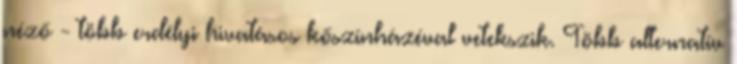
néző - több erdélyi hivatásos kőszínházéval vetekszik. Több alternatív